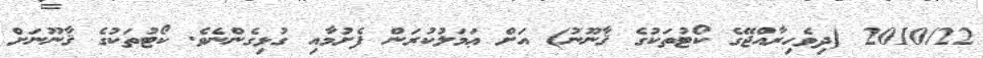
2010/22 (ދިވެހިރާއްޖޭގެ ކޯޓުތަކުގެ ޤާނޫނު) އަށް ޢަމަލުކުރަން ފެށުމާއި ގުޅިގެންނެވެ. ކޯޓުތަކުގެ ޤާނޫނަށް